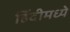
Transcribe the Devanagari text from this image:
हिंंदीमध्ये